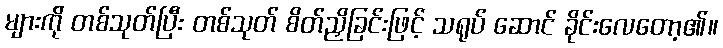
များကို တစ်သုတ်ပြီး တစ်သုတ် စိတ်ညှိခြင်းဖြင့် သရုပ် ဆောင် ခိုင်းလေတော့၏။